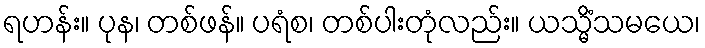
ရဟန်း။ ပုန၊ တစ်ဖန်။ ပရံစ၊ တစ်ပါးတုံလည်း။ ယသ္မိံသမယေ၊